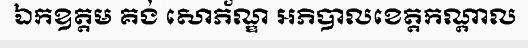
ឯកឧត្តម គង់ សោភ័ណ្ឌ អភិបាលខេត្តកណ្តាល